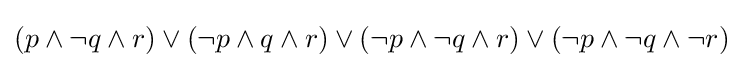
(p\land \lnot q\land r)\lor (\lnot p\land q\land r)\lor (\lnot p\land \lnot q\land r)\lor (\lnot p\land \lnot q\land \lnot r)